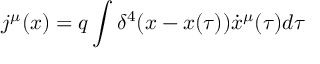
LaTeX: j ^ { \mu } ( x ) = q \int { \delta ^ { 4 } ( x - x ( \tau ) ) \dot { x } ^ { \mu } ( \tau ) d \tau }